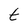
Character: t